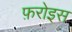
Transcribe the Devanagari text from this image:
फ़रोइस